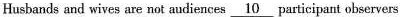
Husbands and wives are not audielnes\underline{10}participant observers